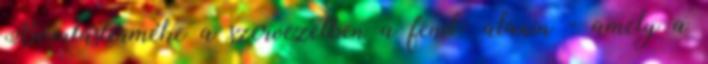
Bomlásterméke a szervezetben a fenil- alanin - amely a